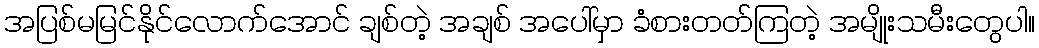
အပြစ်မမြင်နိုင်လောက်အောင် ချစ်တဲ့ အချစ် အပေါ်မှာ ခံစားတတ်ကြတဲ့ အမျိုးသမီးတွေပါ။